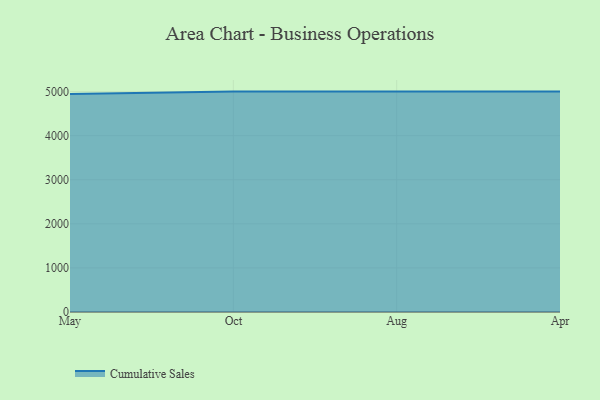
{"axis": {"x": "Month", "y": "Net Income (USD K)"}, "legend": ["Cumulative Sales"], "data": [{"x": "May", "y": 4944.9, "type": "Cumulative Sales"}, {"x": "Oct", "y": 5000, "type": "Cumulative Sales"}, {"x": "Aug", "y": 5000, "type": "Cumulative Sales"}, {"x": "Apr", "y": 5000, "type": "Cumulative Sales"}]}